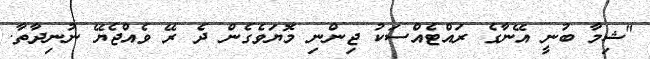
"ޝިމާ ބުނީ އޭނާގެ ރައްޓެއްސަކު ޖިންނި މޮޔަވެގެން ދެ ރޭ ވެއްޖެޔޭ ނުނިދާތާ.